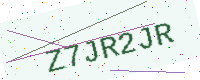
Text: Z7JR2JR